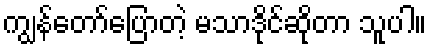
ကျွန်တော်ပြောတဲ့ မသာဒိုင်ဆိုတာ သူပါ။